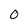
Character: 0